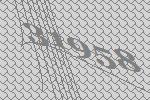
31958